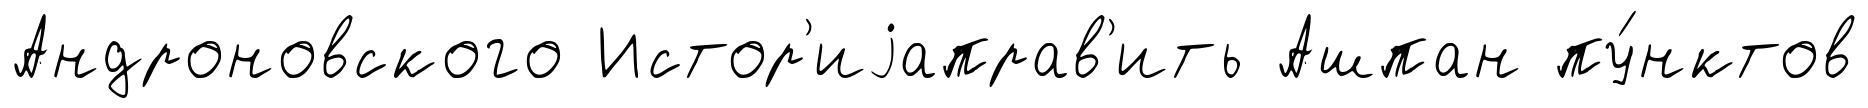
Андроновского Истор'иjаправ'ить Ашпан пу́нктов